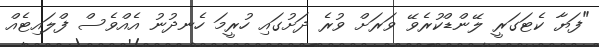
"ފަޔާ ކެޓަގަރީ ލޭންޑްކުރެވޭ ވަރަށް ވުރެ ދަށުގައި ހުރީމަ ހެނދުނު އެއްވެސް ފްލައިޓެއް